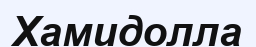
Хамидолла